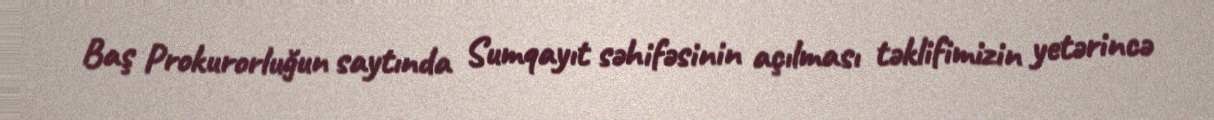
Baş Prokurorluğun saytında Sumqayıt səhifəsinin açılması təklifimizin yetərincə